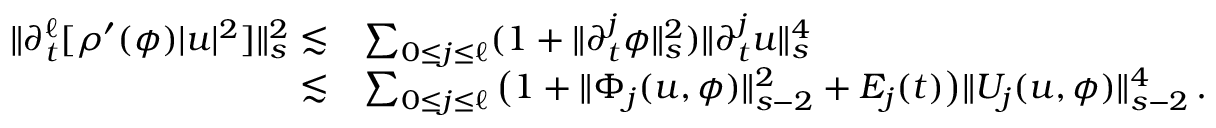
\begin{array} { r l } { \| \partial _ { t } ^ { \ell } [ \rho ^ { \prime } ( \phi ) | u | ^ { 2 } ] \| _ { s } ^ { 2 } \lesssim } & { \sum _ { 0 \leq j \leq \ell } ( 1 + \| \partial _ { t } ^ { j } \phi \| _ { s } ^ { 2 } ) \| \partial _ { t } ^ { j } u \| _ { s } ^ { 4 } } \\ { \lesssim } & { \sum _ { 0 \leq j \leq \ell } \big ( 1 + \| \Phi _ { j } ( u , \phi ) \| _ { s - 2 } ^ { 2 } + E _ { j } ( t ) \big ) \| U _ { j } ( u , \phi ) \| _ { s - 2 } ^ { 4 } \, . } \end{array}